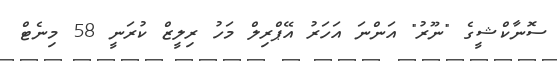
ސޮނާކްޝީގެ "ނޫރު" އަންނަ އަހަރު އޭޕްރިލް މަހު ރިލީޒް ކުރަނީ 58 މިނެޓް